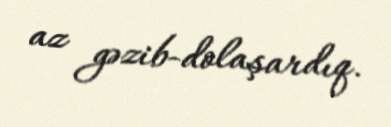
az gəzib-dolaşardıq.